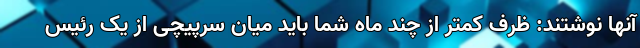
آنها نوشتند: ظرف کمتر از چند ماه شما باید میان سرپیچی از یک رئیس‌